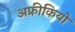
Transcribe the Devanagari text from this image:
अफ्रीकियो